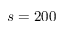
s = 2 0 0